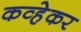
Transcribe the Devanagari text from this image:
कव्हेकर